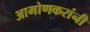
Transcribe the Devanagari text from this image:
आमोणकरांनी